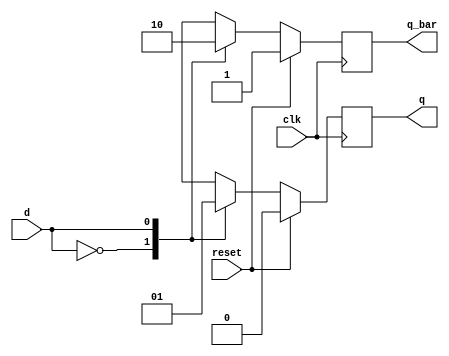
module D_FF(d,clk,reset,q,q_bar);

input d,clk,reset;
output q,q_bar;

wire d,clk,reset;
reg q,q_bar;

always @(posedge clk) begin

if(reset) begin
q=1'b0;
q_bar=1'b1;

end else begin

case(d)
1'b0: begin q=1'b0; q_bar=1'b1; end
1'b1: begin q=1'b1; q_bar=1'b0; end
endcase

end 

end

endmodule